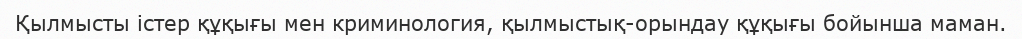
Қылмысты істер құқығы мен криминология, қылмыстық-орындау құқығы бойынша маман.